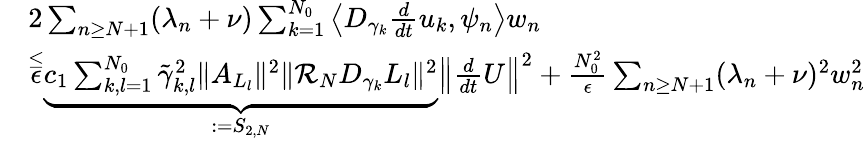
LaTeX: \begin{array}{rl}&{2\sum_{n\geq N+1}(\lambda_{n}+\nu)\sum_{k=1}^{N_{0}}\left<D_{\gamma_{k}}\frac{d}{dt}u_{k},\psi_{n}\right>w_{n}}\\ &{\overset{\leq}\epsilon\underbrace{c_{1}\sum_{k,l=1}^{N_{0}}\tilde{\gamma}_{k,l}^{2}\Vert A_{L_{l}}\Vert^{2}\Vert\mathcal{R}_{N}D_{\gamma_{k}}L_{l}\Vert^{2}}_{:=S_{2,N}}\left\Vert\frac{d}{dt}U\right\Vert^{2}+\frac{N_{0}^{2}}{\epsilon}\sum_{n\geq N+1}(\lambda_{n}+\nu)^{2}w_{n}^{2}}\end{array}